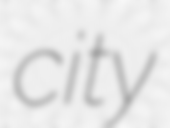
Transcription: city